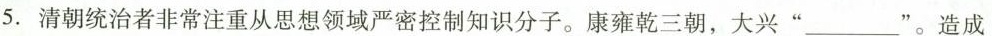
5.清朝统治者非常注重从思想领域严密控制知识分子。康雍乾三朝，大兴”___”。造成